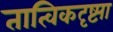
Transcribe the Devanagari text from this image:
तात्विकदृष्ट्या